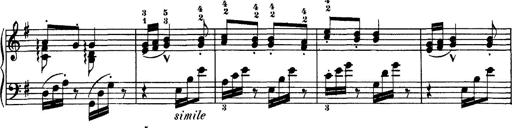
Title: Hungarian Rhapsody No.7
Composer: Franz Liszt
Key: D minor